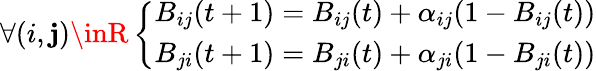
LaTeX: \forall(i,\mathbf{j})\inR\left\{ \begin{array}{ll}{B_{ij}(t+1)=B_{ij}(t)+\alpha_{ij}(1-B_{ij}(t))}\\ {B_{ji}(t+1)=B_{ji}(t)+\alpha_{ji}(1-B_{ji}(t))}\end{array}\right.